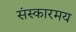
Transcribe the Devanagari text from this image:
संस्कारमय